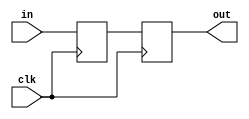
`ifndef SYNC
`define SYNC

module sync #(
    parameter BITS = 1
) (
    input clk,
    input [BITS-1:0] in,
    output reg [BITS-1:0] out
);
    reg [BITS-1:0] metastable;

    always @(posedge clk) begin
        metastable <= in;
        out <= metastable;
    end
endmodule

`endif